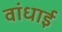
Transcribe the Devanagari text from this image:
वांधाई